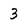
Character: 3